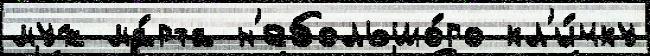
муж ма́рта н'ебольшо́го кл'и́чку